Report of cholera committee
Disease focus: Cholera
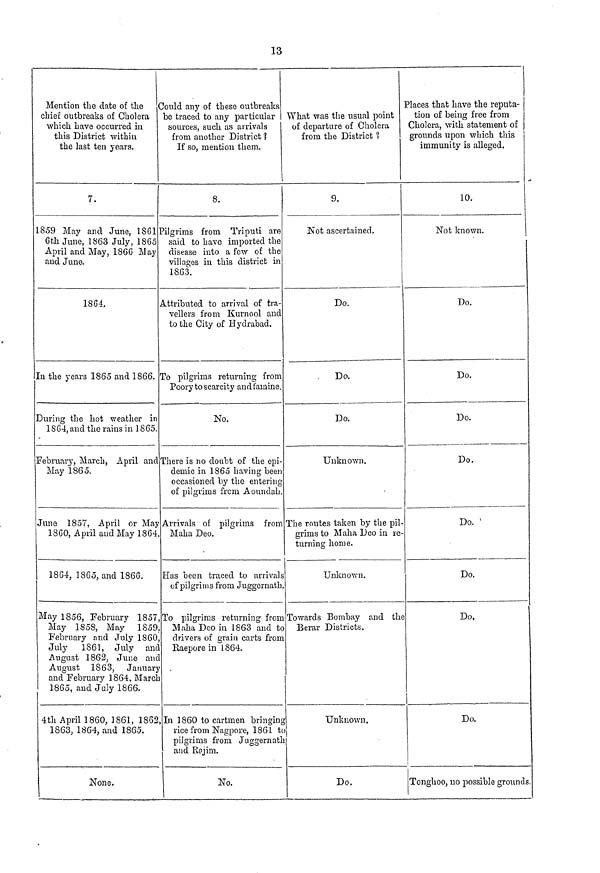
13
Mention the date of
the
chief outbreaks of Cholera
which have occurred in
this District within
the last ten years.
7.
1S59 May and June, 1861
6th June, 1863 July, 1865
April and May, 1866 May
and June.
1861
In the years 1865 and 1866.
During the hot weather in
1864, and the rains in 1865.
February, March, April and
May 1865.
June 1857, April or May
1860, April and May 1864.
1864, 1865, and 1860.
May 1856, February 1857,
May 1858, May 1859.
February and July 1860,
July 1861, July and
August 1862, June and
August 1863, January
and February 1864, March
1865, and July 1866.
4th April 1860, 1861, 1862
1863, 1864, and 1865.
None.
Could any of these outbreaks
be traced to any particular
sources, such as arrivals
from another District 1
If so, mention them.
8.
Pilgrims from Triputi are
said to have imported the
disease into a few of the
villages in this district in
1863.
Attributed to arrival of tra-
vellers from Kurnool and
to the City of Hydrabad.
To pilgrims returning from
Poory to scarcity and famine.
No.
There is no doubt of the epi-
demic in 1865 having been
occasioned by the entering
of pilgrims from Aoundah.
Arrivals of pilgrims from
Maha Deo.
Has been traced to arrivals
of pilgrims from Juggernath.
To pilgrims returning from
Maha Deo in 1863 and to
drivers of grain carts from
Raepore in 1864.
In 1860 to cartmen bringing
rice from Nagpore, 1861 to
pilgrims from Juggernath
and Rajim.
No.
What was the usual point
of departure of Cholera
from the District ?
9.
Not ascertained.
Do.
. Do.
Do.
Unknown.
The routes taken by the pil-
grims to Maha Deo in re-
turning home.
Unknown.
Towards Bombay and the
Berar Districts.
Unknown.
Do.
Places that have the reputa-
tion of being free from
Cholera, with statement of
grounds upon which this
immunity is alleged.
10.
Not known.
Do.
Do.
Do.
Do.
Do.
Do.
Do.
Do.
Tonghoo, no possible grounds